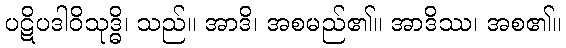
ပဋိပဒါဝိသုဒ္ဓိ၊ သည်။ အာဒိ၊ အစမည်၏။ အာဒိဿ၊ အစ၏။